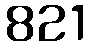
821